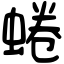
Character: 蜷